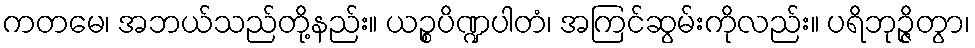
ကတမေ၊ အဘယ်သည်တို့နည်း။ ယဉ္စပိဏ္ဍပါတံ၊ အကြင်ဆွမ်းကိုလည်း။ ပရိဘုဉ္ဇိတွာ၊